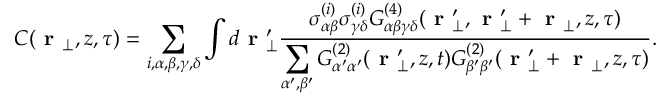
\begin{array} { r } { C ( \textbf { r } _ { \perp } , z , \tau ) = \displaystyle \sum _ { i , \alpha , \beta , \gamma , \delta } \int d \textbf { r } _ { \perp } ^ { \prime } \frac { \sigma _ { \alpha \beta } ^ { ( i ) } \sigma _ { \gamma \delta } ^ { ( i ) } G _ { \alpha \beta \gamma \delta } ^ { ( 4 ) } ( \textbf { r } _ { \perp } ^ { \prime } , \textbf { r } _ { \perp } ^ { \prime } + \textbf { r } _ { \perp } , z , \tau ) } { \displaystyle \sum _ { \alpha ^ { \prime } , \beta ^ { \prime } } G _ { \alpha ^ { \prime } \alpha ^ { \prime } } ^ { ( 2 ) } ( \textbf { r } _ { \perp } ^ { \prime } , z , t ) G _ { \beta ^ { \prime } \beta ^ { \prime } } ^ { ( 2 ) } ( \textbf { r } _ { \perp } ^ { \prime } + \textbf { r } _ { \perp } , z , \tau ) } . } \end{array}